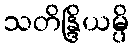
သတိန္ဒြိယမ္ပိ